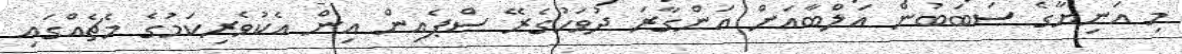
މި އަނިޔާގެ ސަބަބުން އަލްބާއަށް އަންގާރަ ދުވަހުގެރޭ ސްޕެއިން އިން އެކުވެރިކަމުގެ މެޗެއްގައި